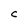
Character: C